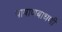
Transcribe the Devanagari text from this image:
पाषाणबांधणी